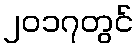
၂၀၁၇တွင်